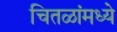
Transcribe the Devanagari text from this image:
चितळांमध्ये